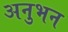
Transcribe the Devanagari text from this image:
अनुभन